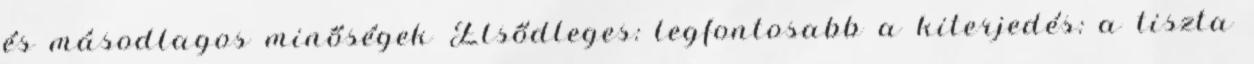
és másodlagos minőségek Elsődleges: legfontosabb a kiterjedés: a tiszta